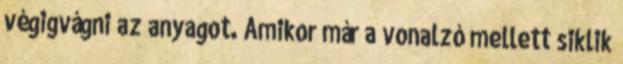
végigvágni az anyagot. Amikor már a vonalzó mellett siklik